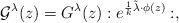
LaTeX: \begin{align*}{\cal G}^\lambda(z)={G}^\lambda(z): e^{\frac 1 {k}\tilde\lambda\cdot\phi(z)}:,\end{align*}